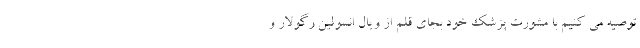
توصیه می کنیم با مشورت پزشک خود بجای قلم از ویال انسولین رگولار و